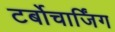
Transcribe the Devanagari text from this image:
टर्बोचार्जिंग